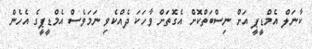
ކާނަލް އެމްޑީޕީ އަށް ނިސްބަތްކޮށް އެގޮތަށް ވާހަކަ ދެއްކެވި ނަމަވެސް އެމްޑީޕީގެ އެހެން